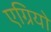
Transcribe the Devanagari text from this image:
एग्रियो